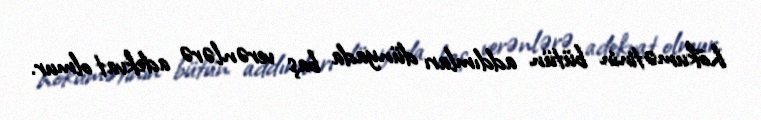
hökumətinin bütün addımları dünyada baş verənlərə adekvat olmur.